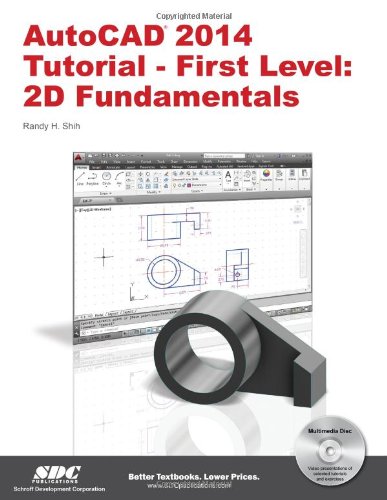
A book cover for AutoCAD 2014 Tutorial - First Level: 2D Fundamentals; Randy Shih; Computers & Technology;